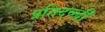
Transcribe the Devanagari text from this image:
प्रतिदव्न्दी